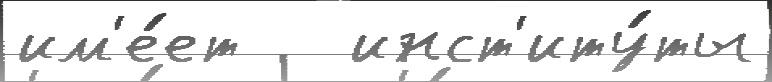
им'е́ет   инст'иту́ты